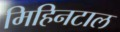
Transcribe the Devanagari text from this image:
मिहिनटाल